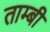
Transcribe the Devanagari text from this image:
ताम्बी